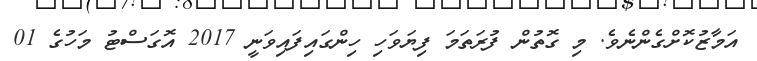
އަމާޒުކޮށްގެންނެވެ. މި ގޮތުން ފުރަތަމަ ފިޔަވަހި ހިންގައިފައިވަނީ 2017 އޮގަސްޓު މަހުގެ 01